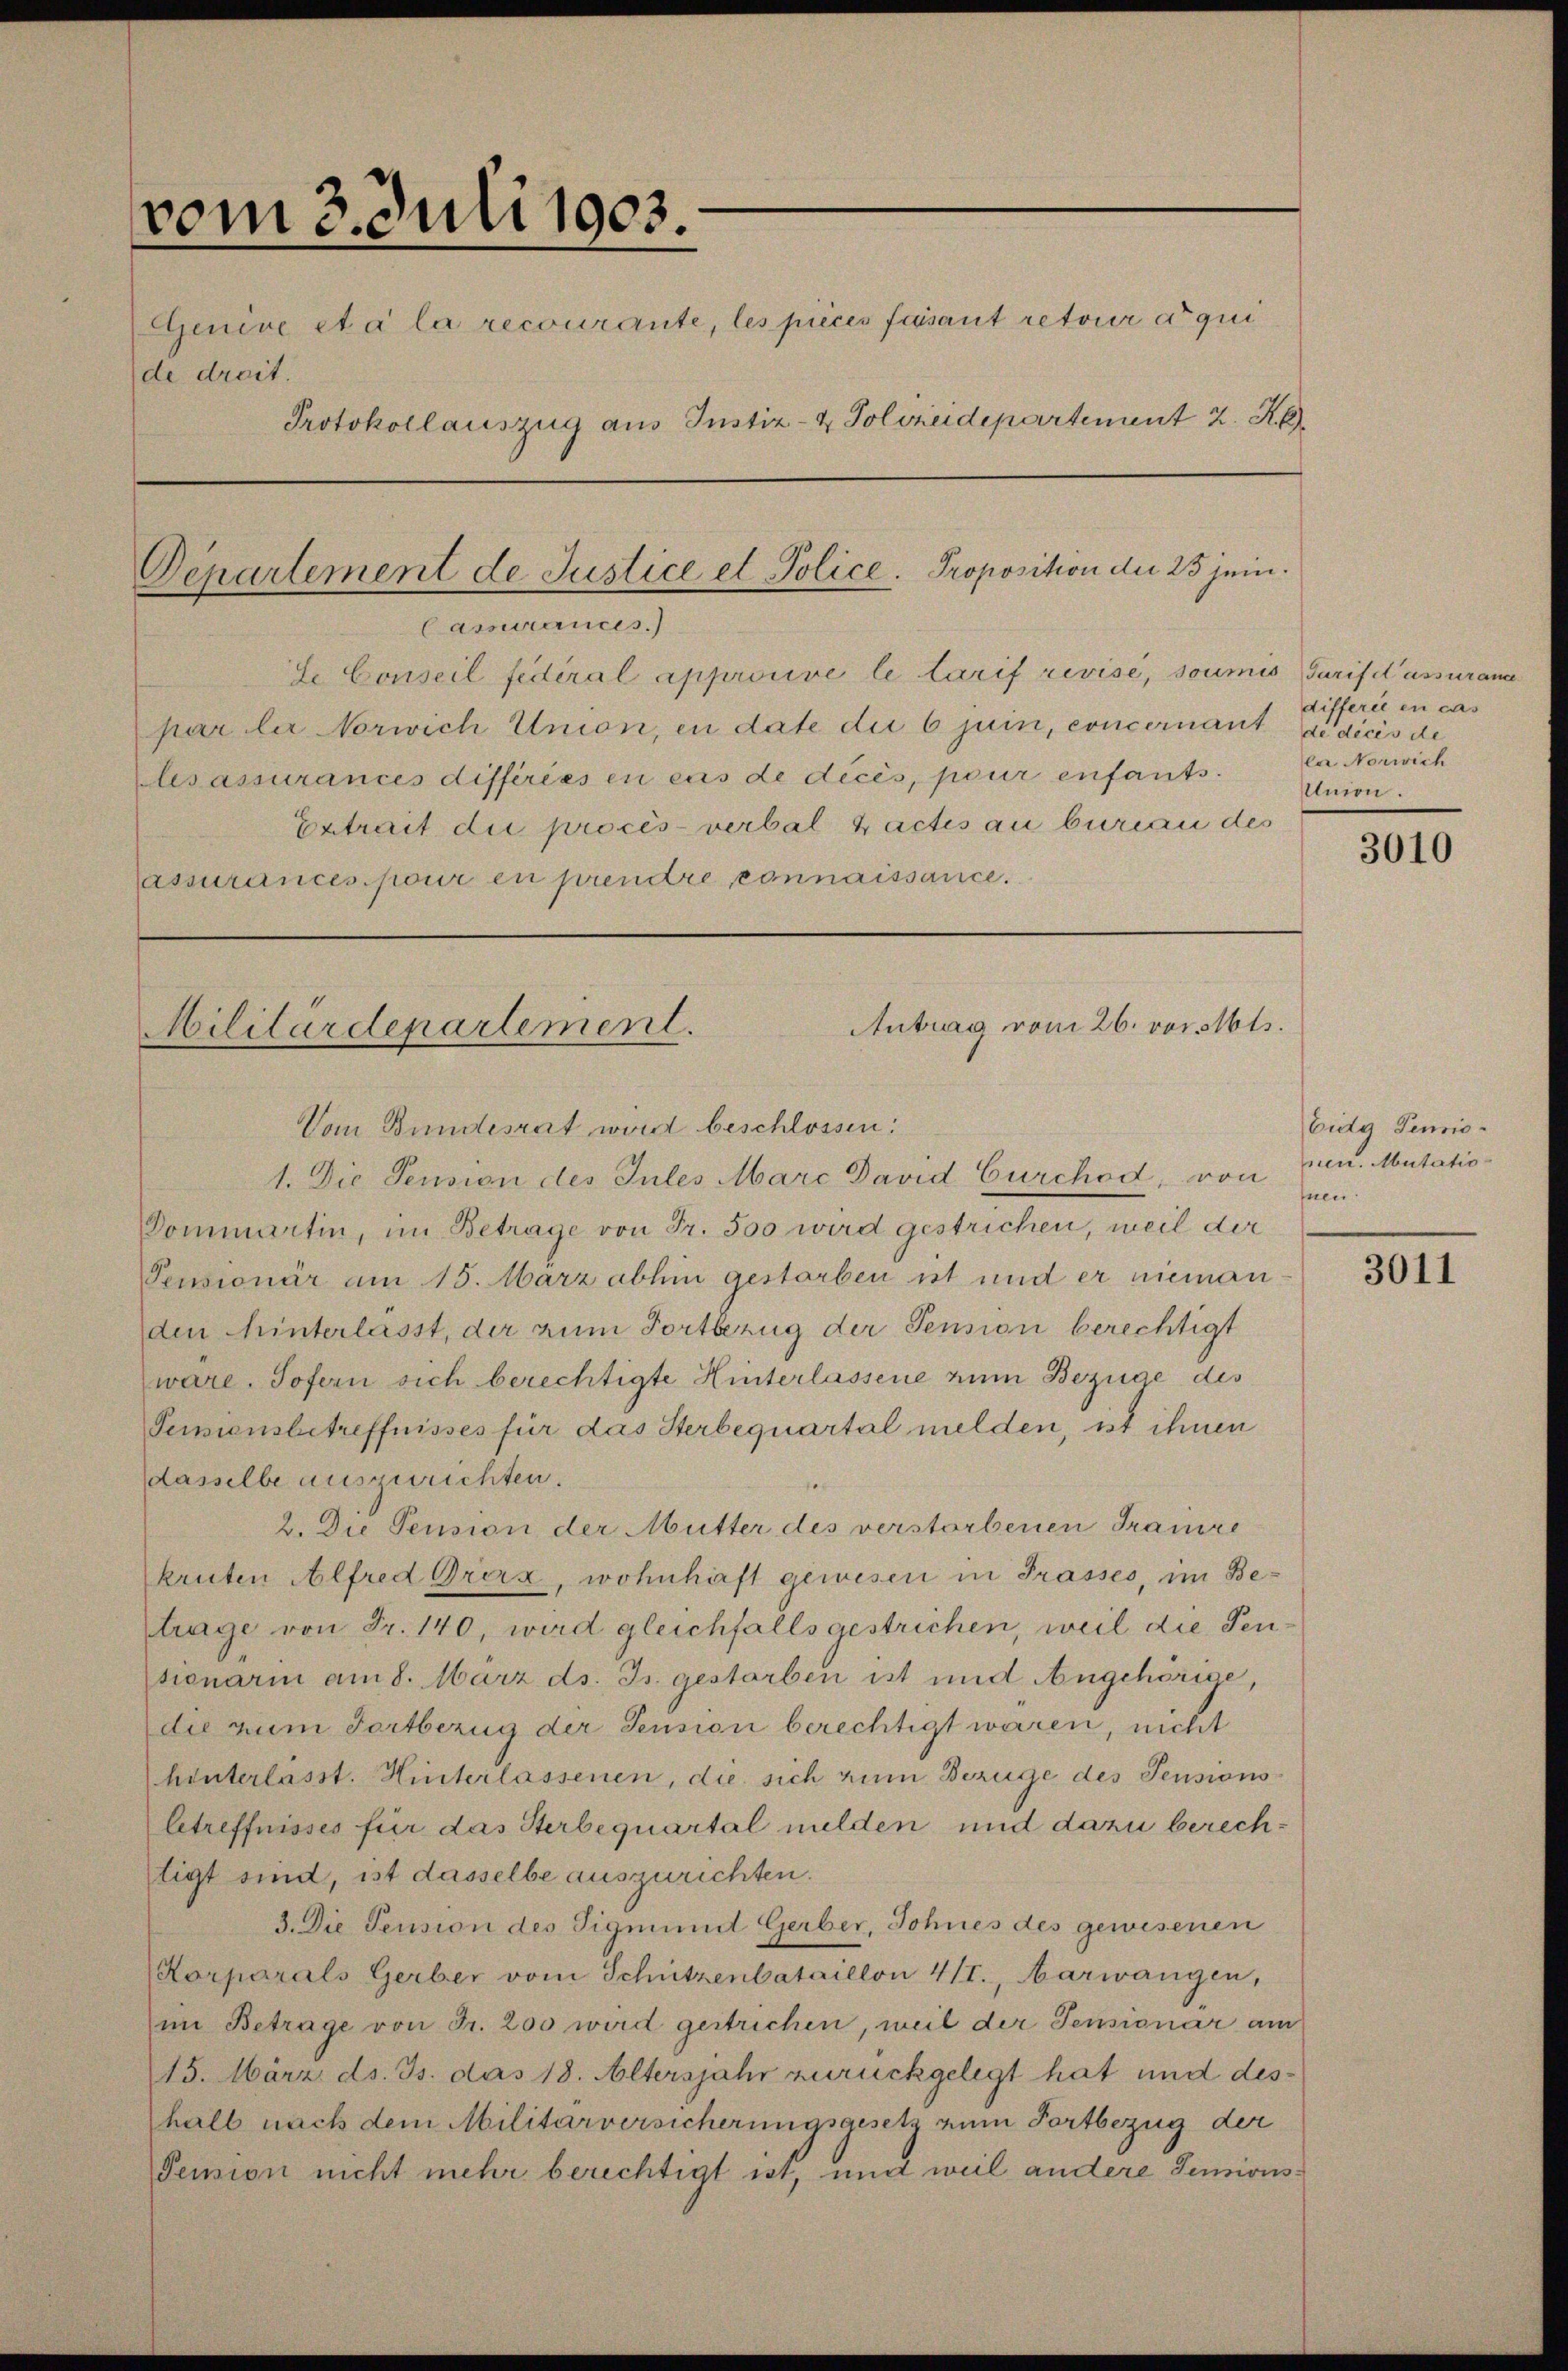
vom 3. Juli 1903.
Genive et a la recourante, les pièces faisant retour de qui
de dreit.
Protokollauszug aus Justiz- & Polizeidepartement 2. K

lesassurances différées en cas de décès, pour enfants.
Ertrait die procès-verbal pactis au bureau des
lassurances pour en prendre connaissance.

Departement de Justice et Police. Proposition der 25 jein.
Casurances.)
de Conseil fédéral approsive le tarif revise, soumis Tarif d’assurame
par la Norwich Union, in date die 6 jui, concernant de dicis de

Antrag vom 26. vor Mts.
Militärdepartement.
Vom Bundesrat wird beschlossen:

1. Die Pension des Jules Marc David Curchod, von
Dommartin, im Betrage von Fr. 500 wird gestrichen, weil der
Pensionär am 15. März abhin gestarben ist und er nieman
ten hinterlässt, der zum Fortbezug der Pension berechtigt
wäre. Sofern sich berechtigte Hinterlassene zum Bezüge des
Pensionsbetreffnisses für das Sterbequartal melden, ist ihnen
dasselbe auszurichten.
2. Die Pension der Mutter des verstorbenen Traire
kruten Alfred Grira, wohnhaft gewesen in Prasses, im Betrage von Fr. 140, wird gleichfalls gestrichen, weil die Pentionarin am 8. März ds. Js. gestorben ist und Angehörige,
die zum Fortbezug der Pension berechtigt waren, nicht
hinterlässt. Hinterlassenen, die sich zum Bezüge des Pensionsbetreffnisses für das Sterbequartal milden und dazu berechtigt sind, ist dasselbe auszurichten.
3. Die Pension des Sigmund Gerber, Sohnes des gewesenen
Korporals Gerber vom Schützenbataillon 4/I., Aarwangen,
im Betrage von Fr. 200 wird gestrichen, weil der Pensionär am
15. März ds. Js. das 18. Altersjahr zurückgelegt hat und deshalb nach dem Militärversicherungsgesetz zum Fortbezug der
Pension nicht mehr berechtigt ist, und weil andere Senions¬

differie en cas
ler Norwich
Union.

3010

Eida Pensio
nen. Mutatio-
hnen

3011